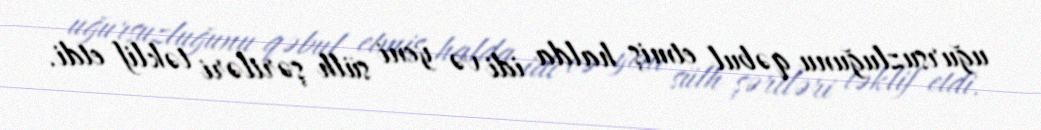
uğursuzluğunu qəbul etmiş halda idi və yeni sülh şərtləri təklif etdi.